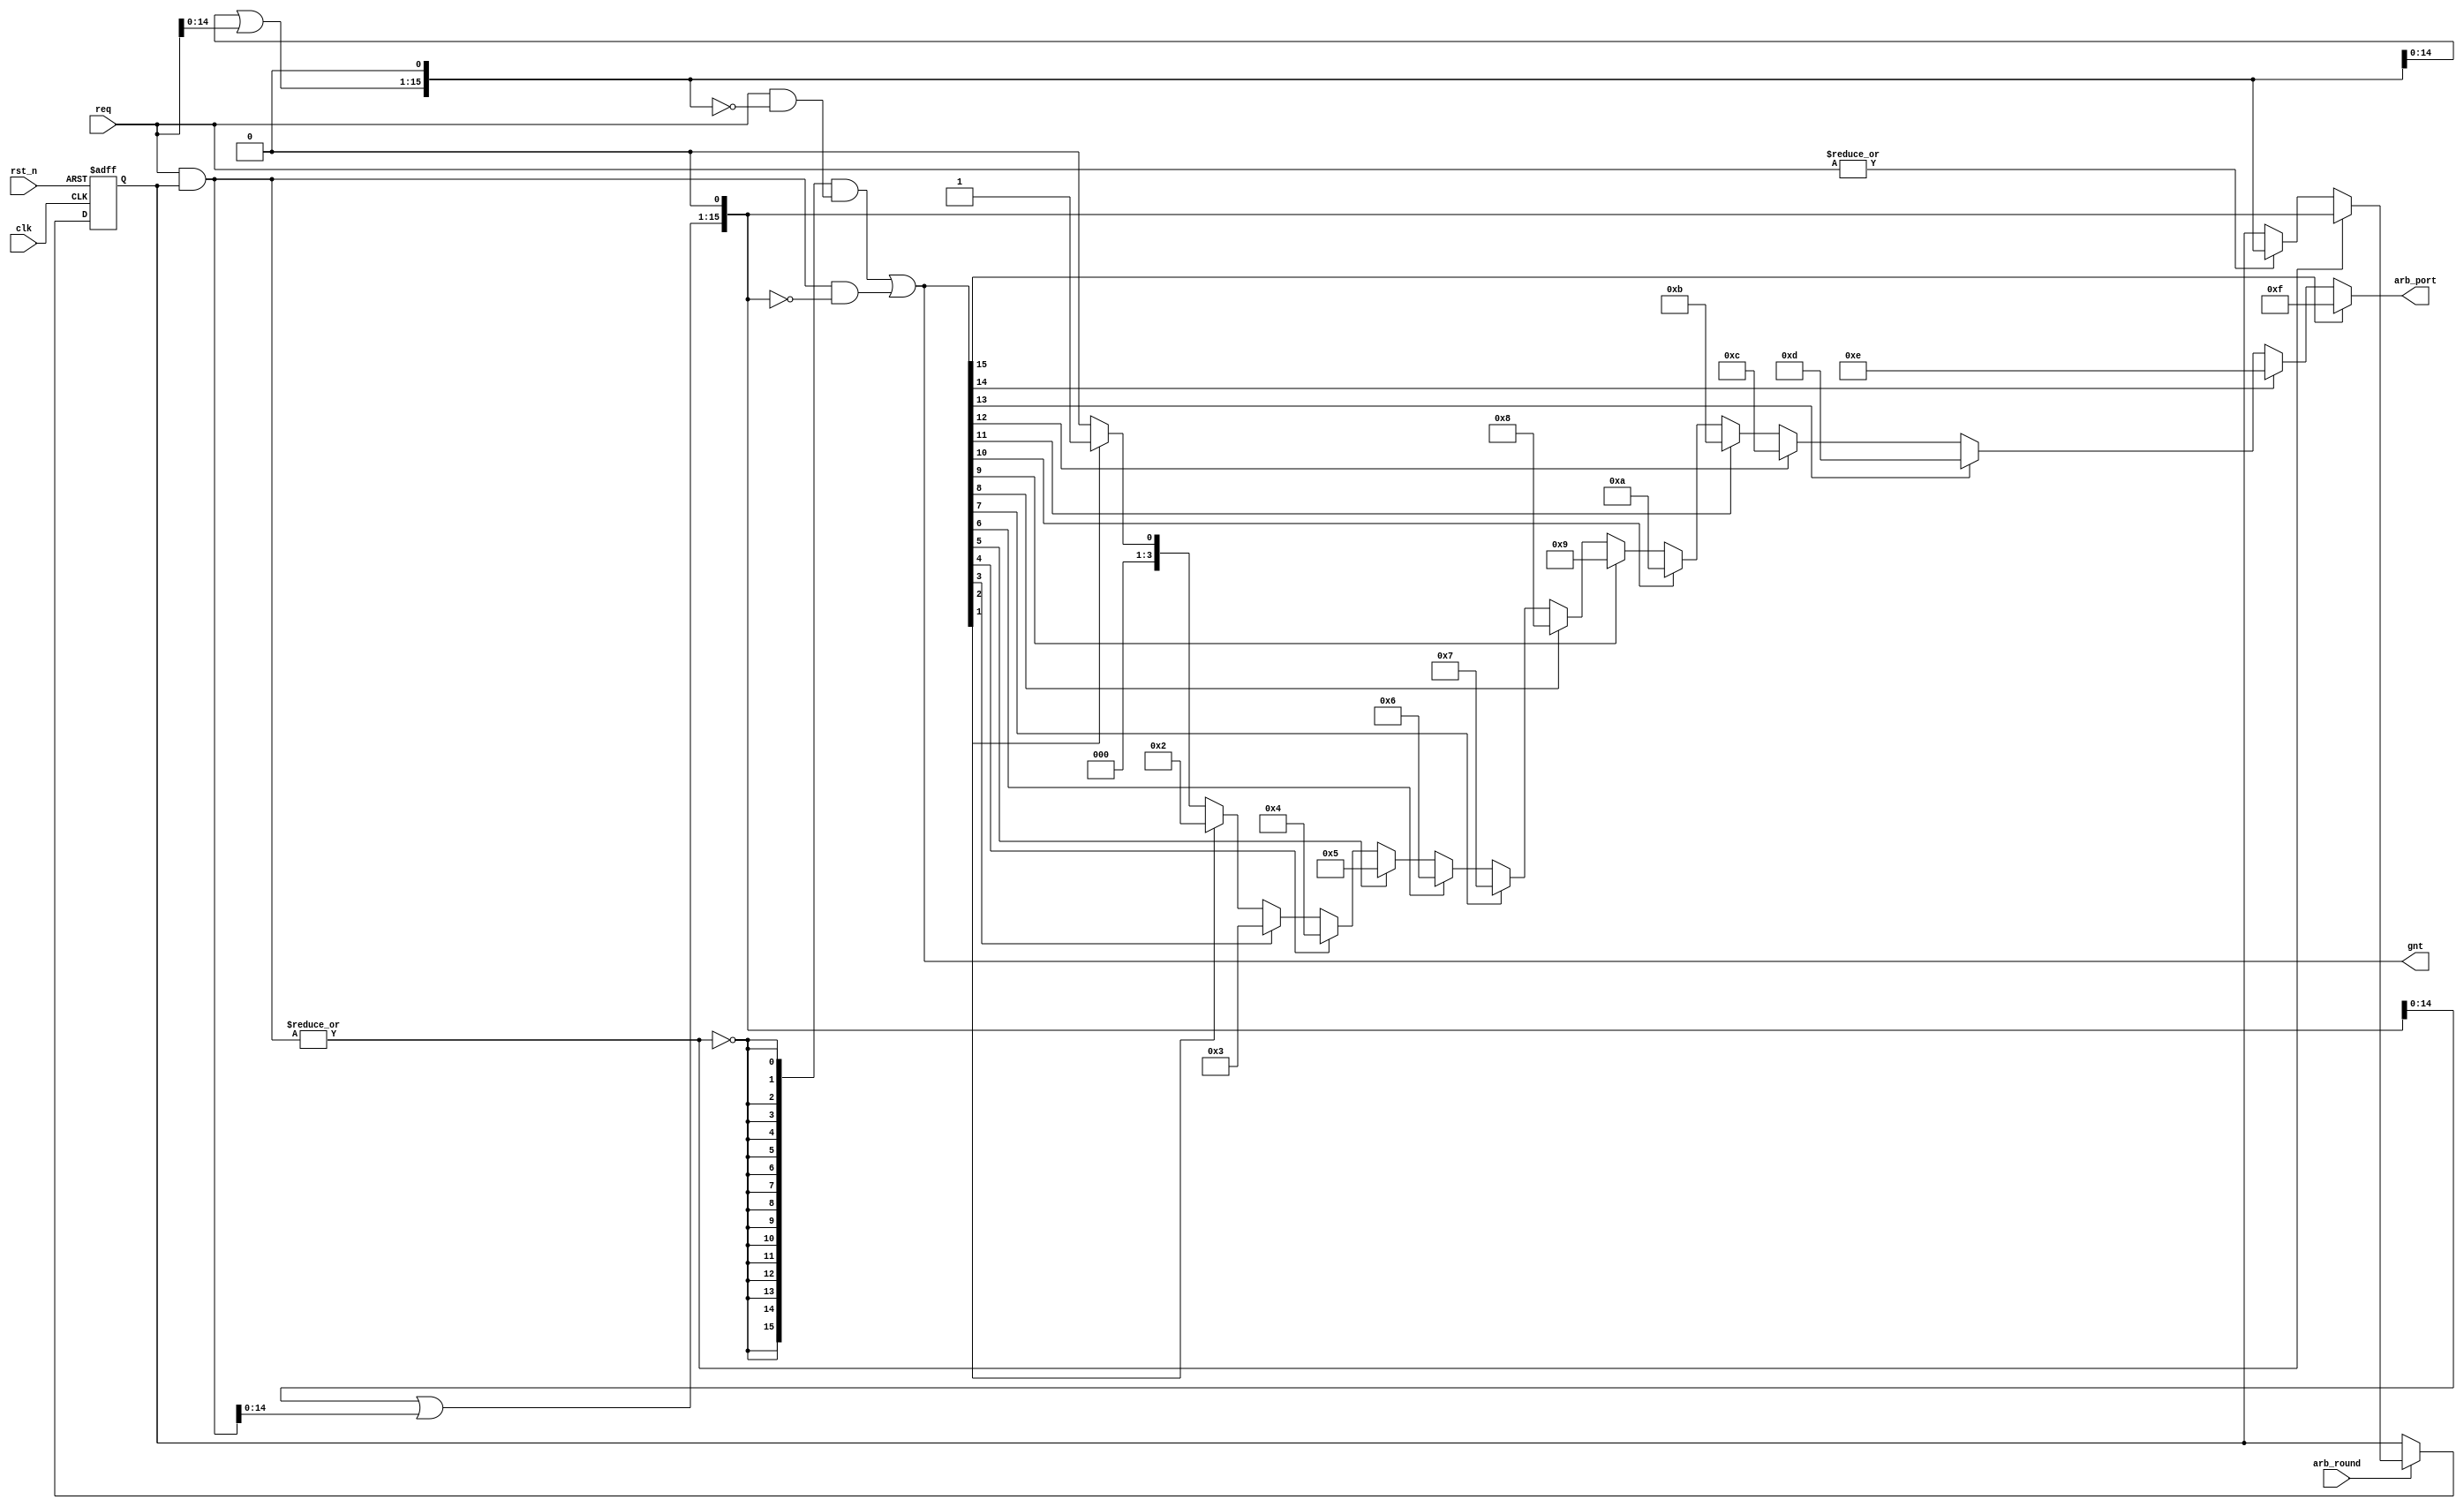
/* --- INSTANTIATION TEMPLATE BEGIN ---

RR_arbiter #(
    .REQ_WIDTH ( 16 )
)u_RR_arbiter(
    .clk        ( clk       ),
    .rst_n      ( rst_n     ),
    .req        ( req       ),
    .gnt        ( gnt       ),
    .arb_port   ( arb_port  )
);

--- INSTANTIATION TEMPLATE END ---*/

module RR_arbiter #( // round_robin_arbiter
 parameter REQ_WIDTH = 16
)(

input                                   clk,
input                                   rst_n,
input                                   arb_round, // update have been arbed info(port) when arbing sucessfully
input [REQ_WIDTH                -1 : 0] req,
output[REQ_WIDTH                -1 : 0] gnt,
output reg[$clog2(REQ_WIDTH)    -1 : 0] arb_port
);

wire [REQ_WIDTH -1 : 0] req_masked;
wire [REQ_WIDTH -1 : 0] mask_higher_pri_reqs;
wire [REQ_WIDTH -1 : 0] grant_masked;
wire [REQ_WIDTH -1 : 0] unmask_higher_pri_reqs;
wire [REQ_WIDTH -1 : 0] grant_unmasked;
wire                    no_req_masked;
reg [REQ_WIDTH  -1 : 0] pointer_reg;

// Simple priority arbitration for masked portion
assign req_masked = req & pointer_reg;
assign mask_higher_pri_reqs[REQ_WIDTH-1:1] = mask_higher_pri_reqs[REQ_WIDTH-2: 0] | req_masked[REQ_WIDTH-2:0];
assign mask_higher_pri_reqs[0] = 1'b0;
assign grant_masked[REQ_WIDTH-1:0] = req_masked[REQ_WIDTH-1:0] & ~mask_higher_pri_reqs[REQ_WIDTH-1:0];

// Simple priority arbitration for unmasked portion
assign unmask_higher_pri_reqs[REQ_WIDTH-1:1] = unmask_higher_pri_reqs[REQ_WIDTH-2:0] | req[REQ_WIDTH-2:0];
assign unmask_higher_pri_reqs[0] = 1'b0;
assign grant_unmasked[REQ_WIDTH-1:0] = req[REQ_WIDTH-1:0] & ~unmask_higher_pri_reqs[REQ_WIDTH-1:0];

// Use grant_masked if there is any there, otherwise use grant_unmasked. 
assign no_req_masked = ~(|req_masked);
assign gnt = ({REQ_WIDTH{no_req_masked}} & grant_unmasked) | grant_masked;

// Pointer update
always @ (posedge clk or negedge rst_n) begin
    if (!rst_n) begin
        pointer_reg <= {REQ_WIDTH{1'b1}};
    end else if(arb_round) begin
        if (|req_masked) begin // Which arbiter was used?
            pointer_reg <= mask_higher_pri_reqs;
        end else begin
            if (|req) begin // Only update if there's a req 
                pointer_reg <= unmask_higher_pri_reqs;
            end else begin
                pointer_reg <= pointer_reg ;
            end
        end
  end
end

integer i;
always @(*) begin
    arb_port = 0;
    for(i=0; i<REQ_WIDTH; i=i+1) begin
        if(gnt[i]) begin
            arb_port = i;
        end
    end
end

endmodule